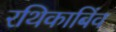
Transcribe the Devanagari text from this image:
रथिकाबिंव